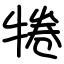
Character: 犈